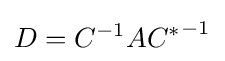
D=C^{-1}A{C^{*}}^{-1}